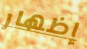
إظهار